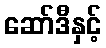
ဆော်ဒီနှင့်